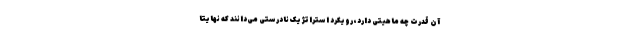
آن قدرت چه ماهیتی دارد، رویکرد استراتژیک نادرستی می‌دانند که نهایتا